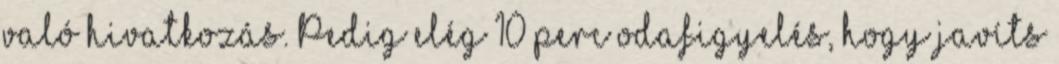
való hivatkozás. Pedig elég 10 perc odafigyelés, hogy javíts